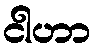
ငါဟာ